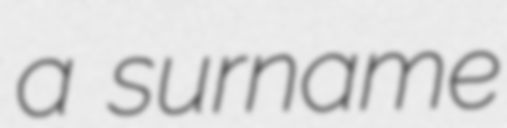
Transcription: a surname